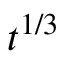
t ^ { 1 / 3 }